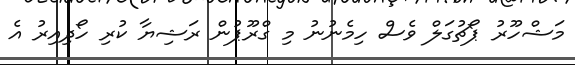
މަޝްހޫރު ޕޯޗުގަލް ވެސް ހިމެނުނު މި ގްރޫޕުން ރަޝިޔާ ކުރި ހޯދިއިރު އެ